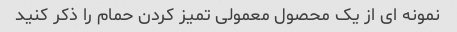
نمونه ای از یک محصول معمولی تمیز کردن حمام را ذکر کنید